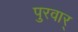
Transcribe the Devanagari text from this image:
पुरवार्